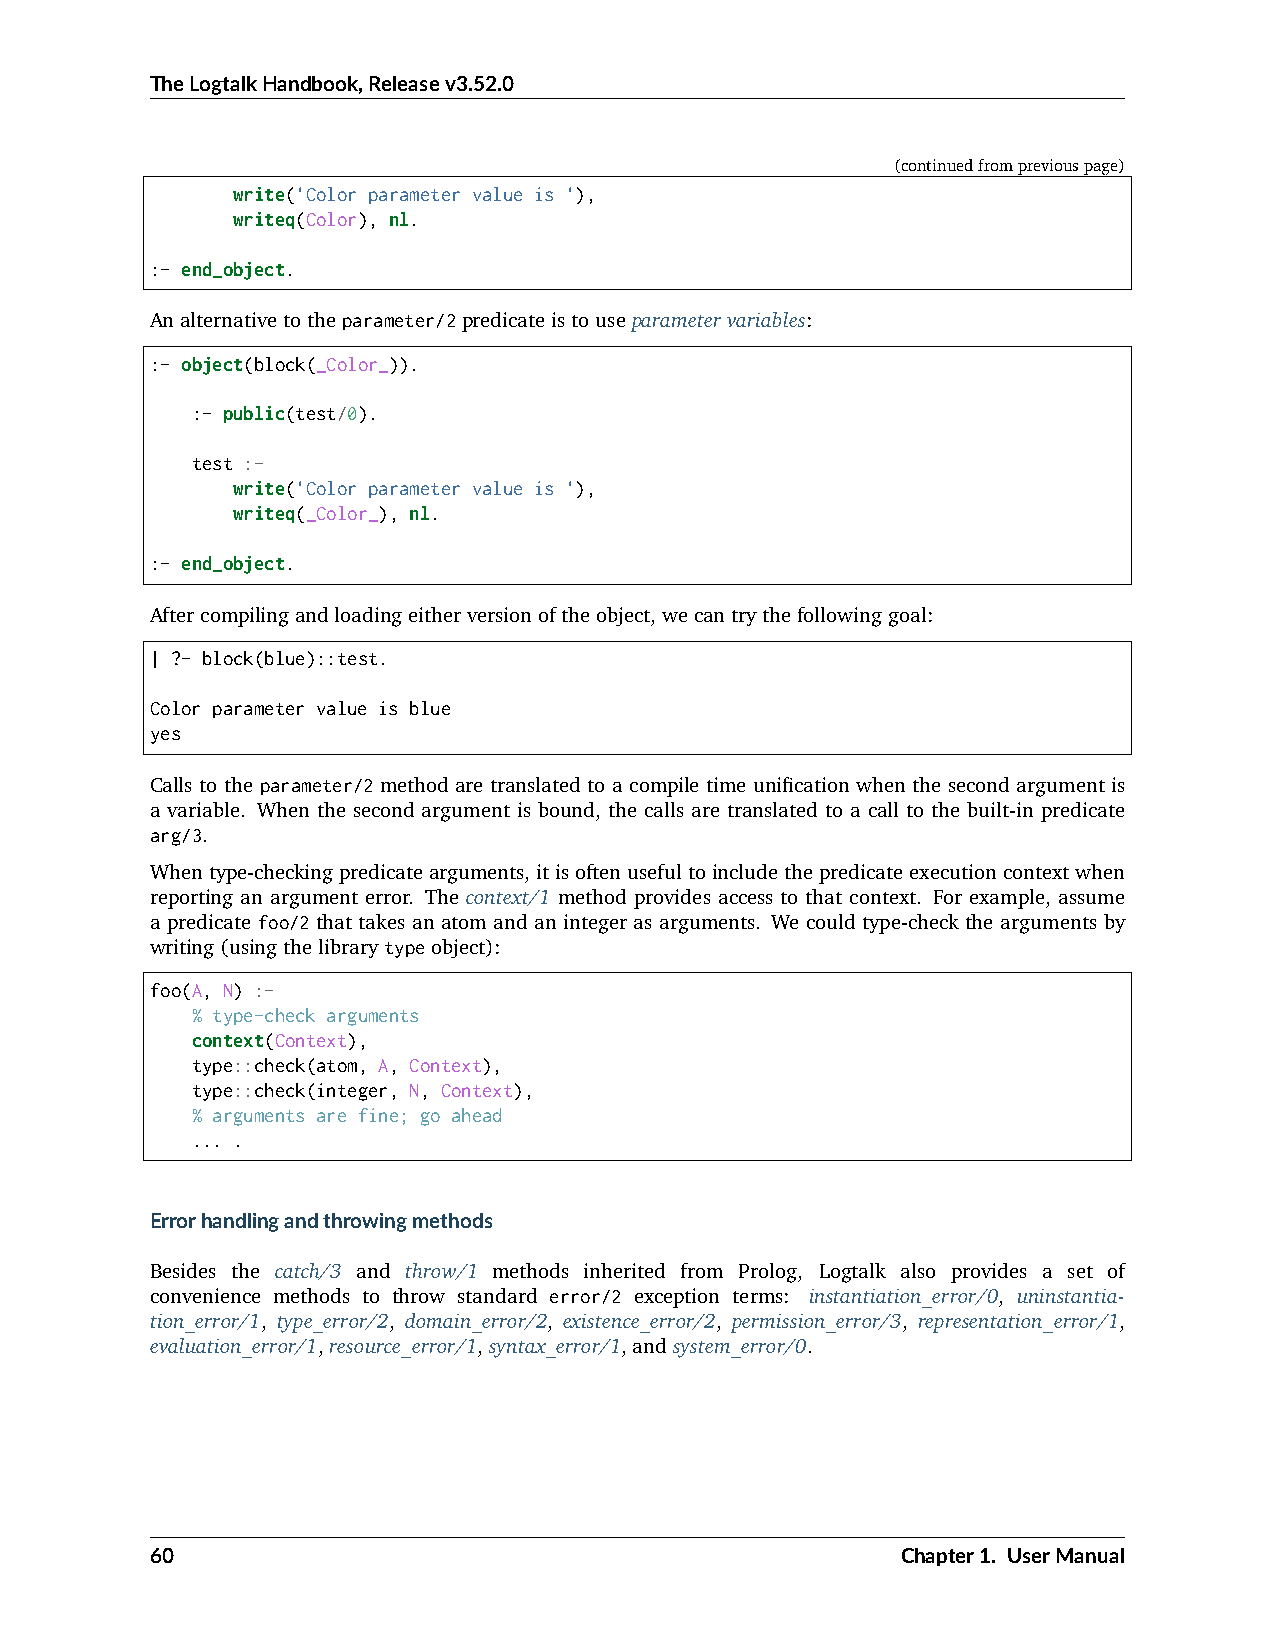
TheLogtalkHandbook,Releasev3.52.0
 (continuedfrompreviouspage)
 write('Color parameter value is '),
 writeq(Color), nl.
 :- end_object.
 Analternativetotheparameter/2predicateistouseparametervariables:
 :- object(block(_Color_)).
 :- public(test/0).
 test :-
 write('Color parameter value is '),
 writeq(_Color_), nl.
 :- end_object.
 Aftercompilingandloadingeitherversionoftheobject,wecantrythefollowinggoal:
 | ?- block(blue)::test.
 Color parameter value is blue
 yes
 Calls to the parameter/2 method are translated to a compile time unification when the second argument is
 a variable. When the second argument is bound, the calls are translated to a call to the built-in predicate
 arg/3.
 Whentype-checkingpredicatearguments,itisoftenusefultoincludethepredicateexecutioncontextwhen
 reporting an argument error. The context/1 method provides access to that context. For example, assume
 a predicate foo/2 that takes an atom and an integer as arguments. We could type-check the arguments by
 writing(usingthelibrarytypeobject):
 foo(A, N) :-
 % type-check arguments
 context(Context),
 type::check(atom, A, Context),
 type::check(integer, N, Context),
 % arguments are fine; go ahead
 ... .
 Errorhandlingandthrowingmethods
 Besides the catch/3 and throw/1 methods inherited from Prolog, Logtalk also provides a set of
 convenience methods to throw standard error/2 exception terms: instantiation_error/0, uninstantia-
 tion_error/1, type_error/2, domain_error/2, existence_error/2, permission_error/3, representation_error/1,
 evaluation_error/1,resource_error/1,syntax_error/1,andsystem_error/0.
 60                                                Chapter1. UserManual